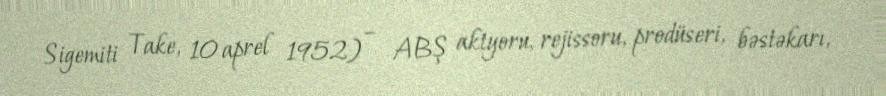
Sigemiti Take, 10 aprel 1952) – ABŞ aktyoru, rejissoru, prodüseri, bəstəkarı,